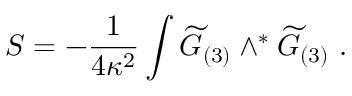
S = - { \frac { 1 } { 4 \kappa ^ { 2 } } } \int { \widetilde G } _ { ( 3 ) } \wedge ^ { * } { \widetilde G } _ { ( 3 ) } \ .